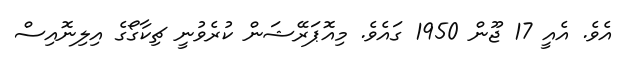
އެވެ. އެއީ 17 ޖޫން 1950 ގައެވެ. މިއޮޕަރޭޝަން ކުރެވުނީ ޗިކާގޯގެ އިލިނޮއިސް